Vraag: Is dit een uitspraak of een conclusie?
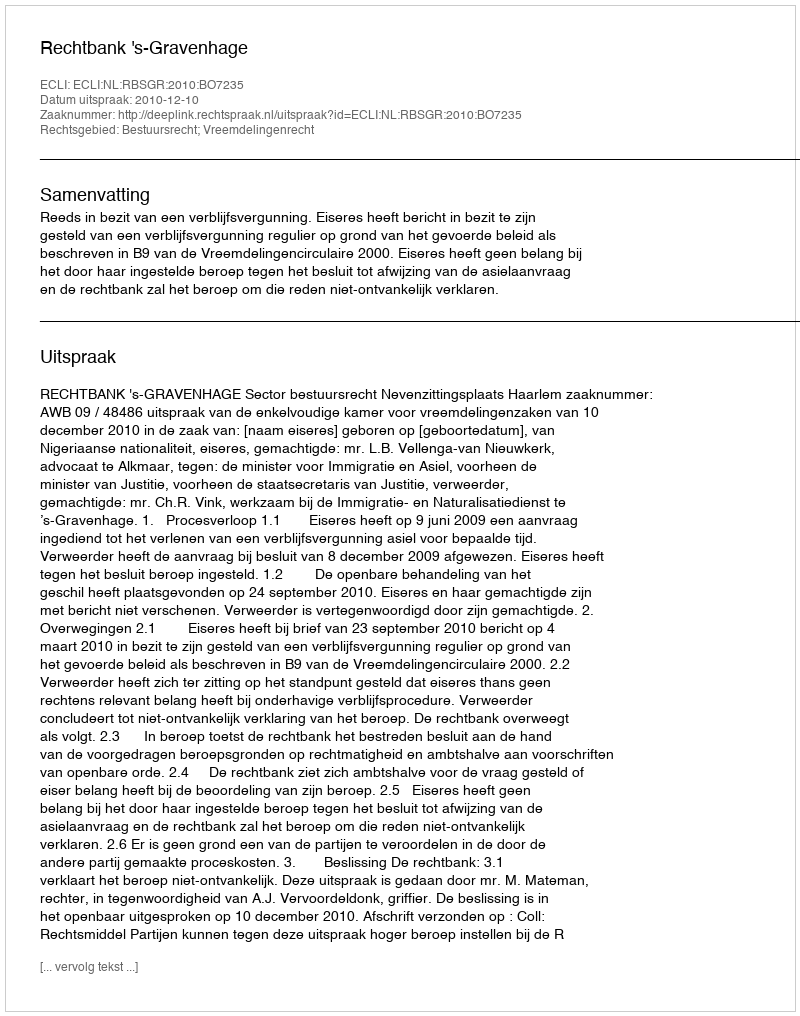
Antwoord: Uitspraak